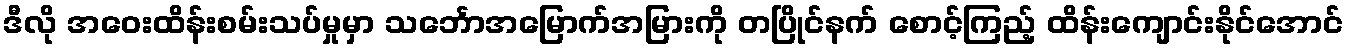
ဒီလို အဝေးထိန်းစမ်းသပ်မှုမှာ သင်္ဘောအမြောက်အမြားကို တပြိုင်နက် စောင့်ကြည့် ထိန်းကျောင်းနိုင်အောင်